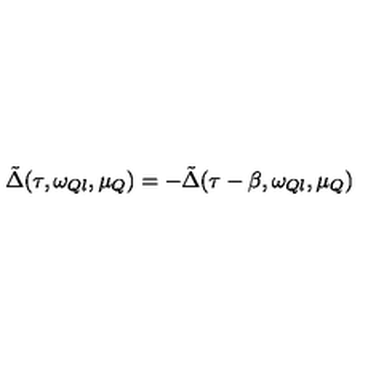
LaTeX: \tilde { \Delta } ( \tau , \omega _ { Q l } , \mu _ { Q } ) = - \tilde { \Delta } ( \tau - \beta , \omega _ { Q l } , \mu _ { Q } )